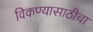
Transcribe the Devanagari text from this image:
विकण्यासाठीचा